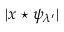
| x \star \psi _ { \lambda ^ { \prime } } |